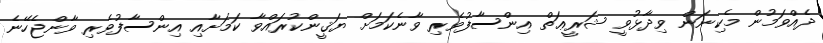
ދެއްވަމުން މެކިނަން ވިދާޅުވީ ޝަރީޢަތް އިންސާފުވެރި ވާނެކަމަށް ޔަޤީންކުރައްވާ ކަމަށާއި އިންސާފުވެރި ވާންޖެހޭނެ